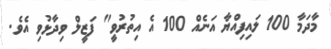
މާދަމާ 100 ލައިފިއްޔާ އަނެއް 100 އެ އިތުރުވީ" ފަޒީލް ވިދާޅުވި އެވެ.